Mental hospitals Bombay report 1929-33 - 1929-1933
Year: 1929
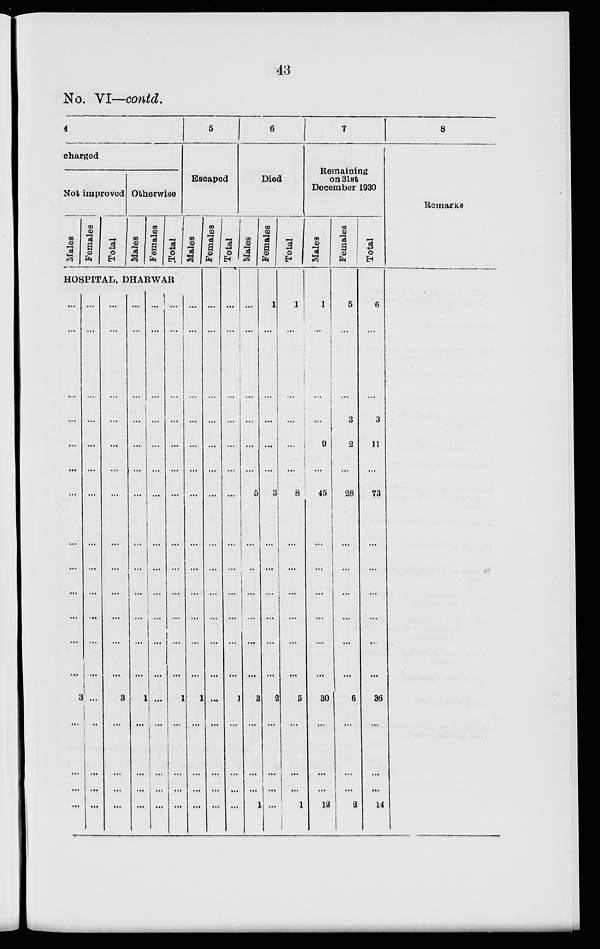
43
No. VI—contd.
4
charged
Not improved
Males
Females
Total
Otherwise
Males
Females
Total
5
Escaped
Males
HOSPITAL
, DHARWAR
...
...
...
...
...
...
...
...
...
...
...
...
...
3
...
...
...
...
...
...
...
...
...
...
...
...
...
...
...
...
...
...
...
...
...
...
...
...
...
...
...
...
...
...
...
...
...
...
...
3
...
...
...
...
...
...
...
...
...
...
...
...
...
...
...
...
...
1
...
...
...
...
...
...
...
...
...
...
...
...
...
...
...
...
...
...
...
...
...
...
...
...
...
...
...
...
...
...
...
...
...
...
...
1
...
...
...
...
...
...
...
...
...
...
...
...
...
...
...
...
...
1
...
...
...
...
Females
...
...
...
...
...
...
...
...
...
...
...
...
...
...
...
...
...
...
Total
...
...
...
...
...
...
...
...
...
...
...
...
...
1
...
...
...
...
6
Died
Males
...
...
...
...
...
...
5
...
...
...
...
...
...
3
...
...
...
1
Females
1
...
...
...
...
...
3
...
...
...
...
...
...
2
...
...
...
...
Total
1
...
...
...
...
...
8
...
...
...
...
...
...
5
...
...
...
1
7
Remaining
on 31st
December 1930
Males
1
...
...
...
9
...
45
...
...
...
...
...
...
30
...
...
...
12
Females
5
...
...
3
2
...
28
...
...
...
...
...
...
6
...
...
...
2
Total
6
...
...
3
11
...
73
...
...
...
...
...
...
36
...
...
...
14
8
Remarks